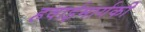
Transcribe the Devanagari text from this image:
हवाईमार्गकी